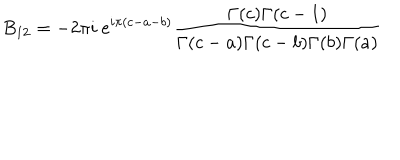
B _ { 1 2 } = - 2 \pi i ~ e ^ { i \pi ( c - a - b ) } \frac { \Gamma ( c ) \Gamma ( c - 1 ) } { \Gamma ( c - a ) \Gamma ( c - b ) \Gamma ( b ) \Gamma ( a ) }